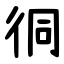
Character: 㣚